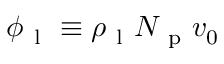
\phi _ { \mathrm { ~ l ~ } } \equiv \rho _ { \mathrm { ~ l ~ } } N _ { \mathrm { ~ p ~ } } v _ { 0 }